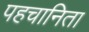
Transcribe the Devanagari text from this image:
पहचानिता